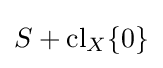
S+\operatorname {cl} _{X}\{0\}